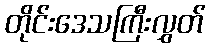
တိုင်းဒေသကြီးလွှတ်